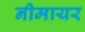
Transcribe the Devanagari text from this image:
नीमायर